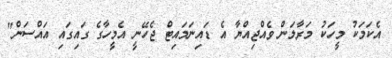
އެކަމަކު މީހަކު މަރާލަން ވެއްޖިއްޔާ އެ ޑައިނަމައިޓް ޖެހޭނީ އެމީހާގެ ގައިގައި އައްސަން"